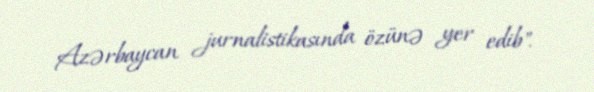
Azərbaycan jurnalistikasında özünə yer edib".